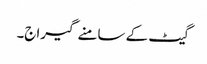
گیٹ کے سامنے گیراج۔